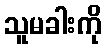
သူမခါးကို